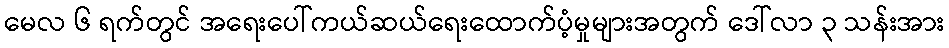
မေလ ၆ ရက်တွင် အရေးပေါ်ကယ်ဆယ်ရေးထောက်ပံ့မှုများအတွက် ဒေါ်လာ ၃ သန်းအား